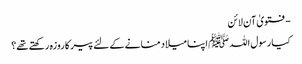
- فتویٰ آن لائن
کیا رسول اللہ ﷺ اپنا میلاد منانے کے لئے پیر کا روزہ رکھتے تھے؟